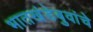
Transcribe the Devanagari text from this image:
भातखंडेबुवांचे